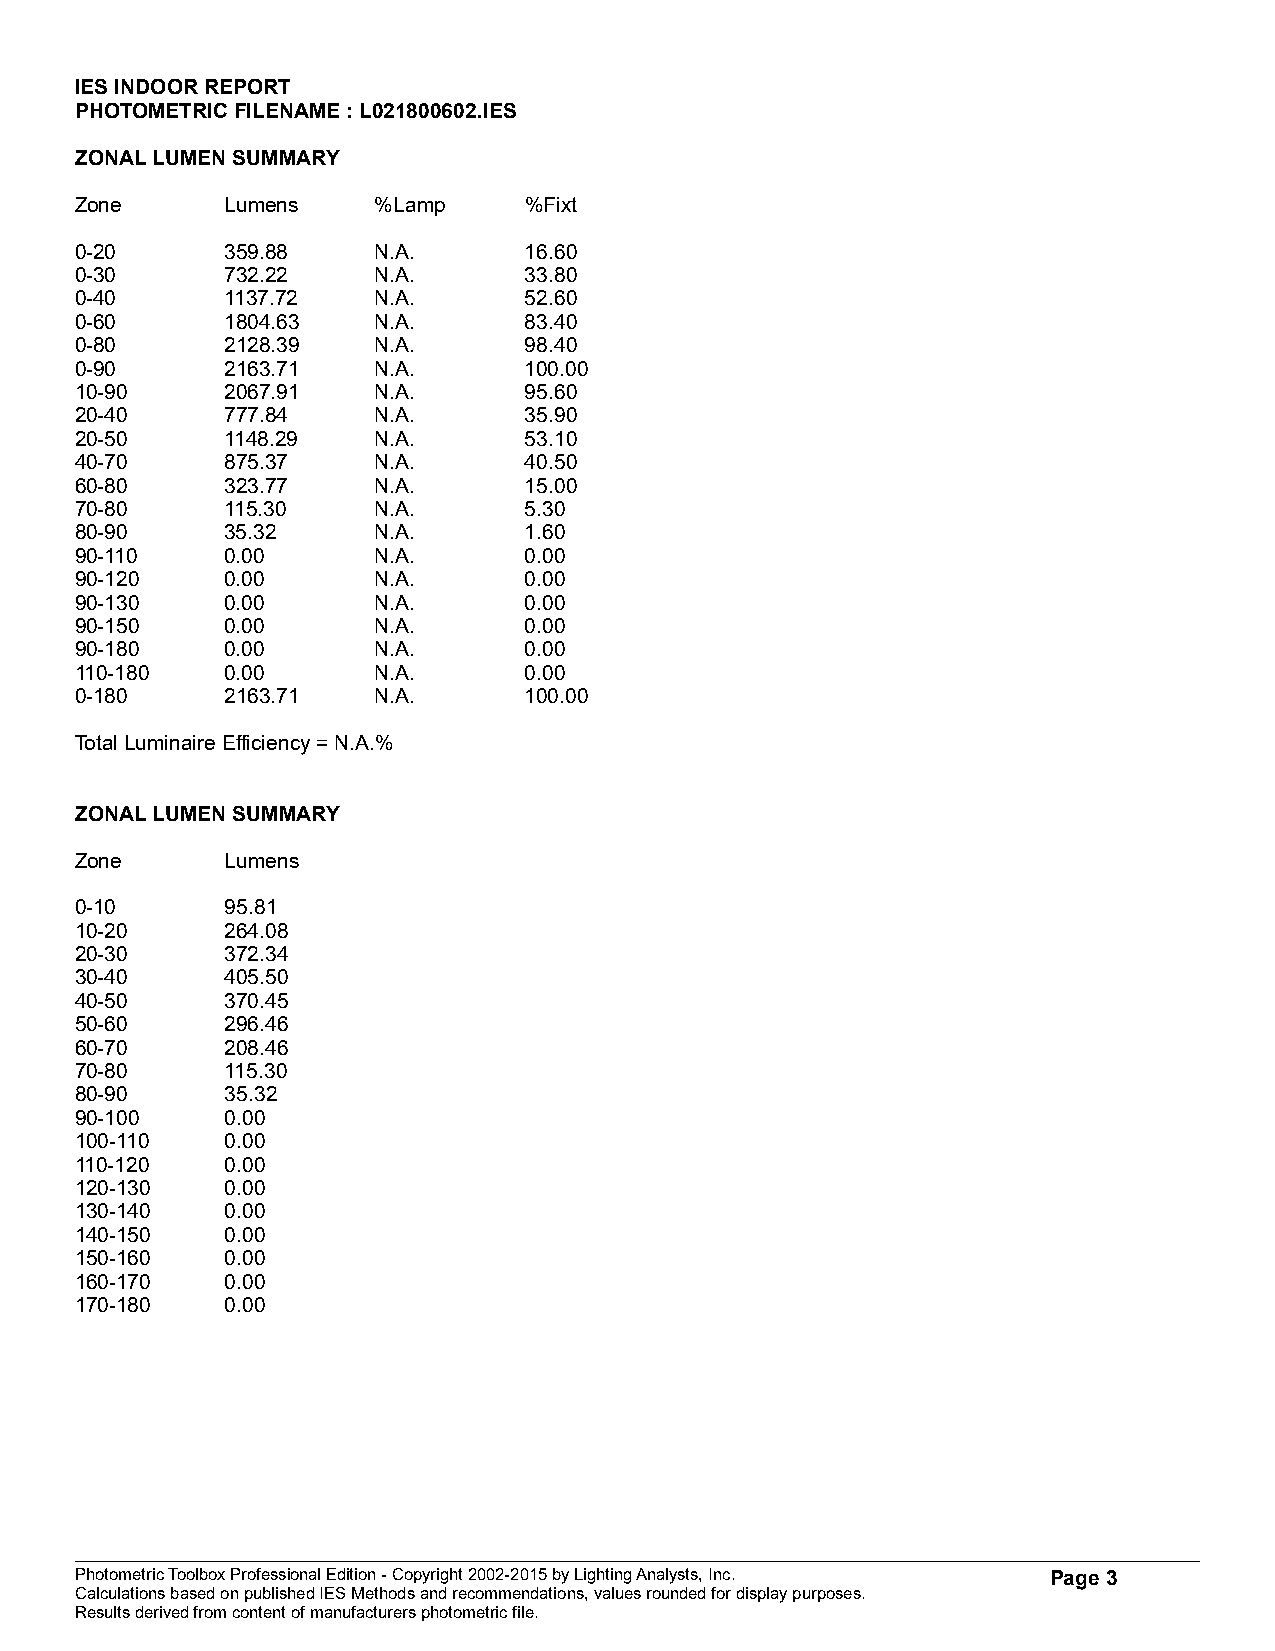
IES INDOOR REPORT
 PHOTOMETRIC FILENAME : L021800602.IES
 ZONAL LUMEN SUMMARY
 Zone      Lumens    %Lamp     %Fixt
 0-20      359.88    N.A.      16.60
 0-30      732.22    N.A.      33.80
 0-40      1137.72   N.A.      52.60
 0-60      1804.63   N.A.      83.40
 0-80      2128.39   N.A.      98.40
 0-90      2163.71   N.A.      100.00
 10-90     2067.91   N.A.      95.60
 20-40     777.84    N.A.      35.90
 20-50     1148.29   N.A.      53.10
 40-70     875.37    N.A.      40.50
 60-80     323.77    N.A.      15.00
 70-80     115.30    N.A.      5.30
 80-90     35.32     N.A.      1.60
 90-110    0.00      N.A.      0.00
 90-120    0.00      N.A.      0.00
 90-130    0.00      N.A.      0.00
 90-150    0.00      N.A.      0.00
 90-180    0.00      N.A.      0.00
 110-180   0.00      N.A.      0.00
 0-180     2163.71   N.A.      100.00
 Total Luminaire Efficiency = N.A.%
 ZONAL LUMEN SUMMARY
 Zone      Lumens
 0-10      95.81
 10-20     264.08
 20-30     372.34
 30-40     405.50
 40-50     370.45
 50-60     296.46
 60-70     208.46
 70-80     115.30
 80-90     35.32
 90-100    0.00
 100-110   0.00
 110-120   0.00
 120-130   0.00
 130-140   0.00
 140-150   0.00
 150-160   0.00
 160-170   0.00
 170-180   0.00
 Photometric Toolbox Professional Edition - Copyright 2002-2015 by Lighting Analysts, Inc. Page 3
 Calculations based on published IES Methods and recommendations, values rounded for display purposes.
 Results derived from content of manufacturers photometric file.